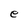
Character: e